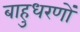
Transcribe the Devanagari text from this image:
बाहुधरणों